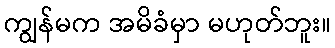
ကျွန်မက အမိခံမှာ မဟုတ်ဘူး။